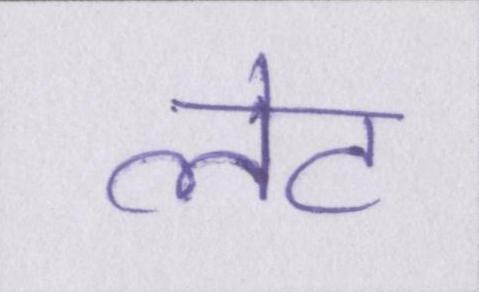
लेट